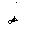
Letter: _dad